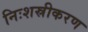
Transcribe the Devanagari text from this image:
निःशस्रीकरण